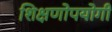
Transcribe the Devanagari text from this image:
शिक्षणोपयोगी